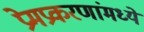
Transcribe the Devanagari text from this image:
प्रेमप्रकरणांमध्ये